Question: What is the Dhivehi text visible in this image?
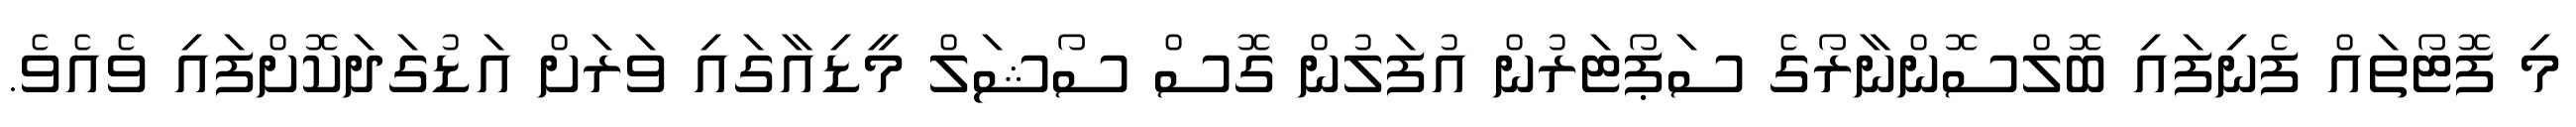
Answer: މި ފޮޓޯތައް ފެނިފައި ބޮލްސޮންނާރޯގެ ސަޕޯޓަރުން އުފަލުން ގޮސް ސޯޝަލް މީޑިއާގައި ވަރަށް އަޑުގަދަކޮށްފައި ވެއެވެ.